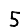
Digit: 5